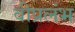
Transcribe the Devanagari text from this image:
वीप्रलंभ